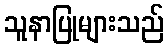
သူနာပြုများသည်